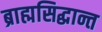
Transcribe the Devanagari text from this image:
ब्राह्मसिद्धान्त